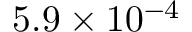
5 . 9 \times 1 0 ^ { - 4 }